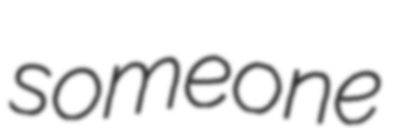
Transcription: someone